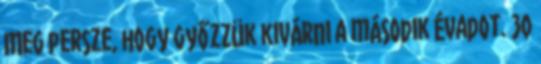
Meg persze, hogy győzzük kivárni a második évadot. 30